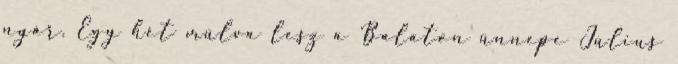
nyár. Egy hét múlva lesz a Balaton ünnepe Július